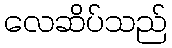
လေဆိပ်သည်